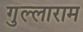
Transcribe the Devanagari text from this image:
गुल्लाराम